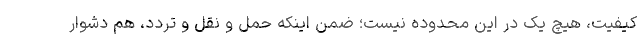
کیفیت، هیچ یک در این محدوده نیست؛ ضمن اینکه حمل و نقل و تردد، هم دشوار